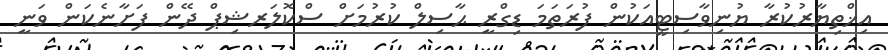
އިޚްތިޔާރުކުރާ ޔުނިވާސިޓީއަކުން ފުރަތަމަ ޑިގްރީ ޙާސިލް ކުރުމަށް ސްކޮލަރޝިޕް ދޭން ފަށާނެކަން ވަނީ